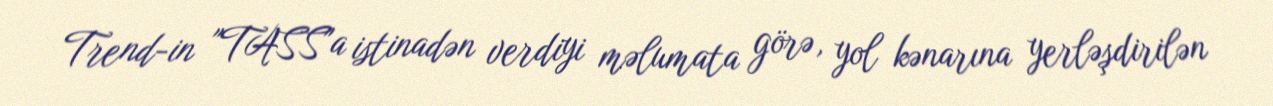
Trend-in "TASS"a istinadən verdiyi məlumata görə, yol kənarına yerləşdirilən